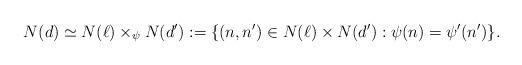
LaTeX: \begin{align*} N(d) \simeq N(\ell) \times_{\psi} N(d') := \{ (n,n') \in N(\ell) \times N(d') : \psi(n) = \psi'(n') \}.\end{align*}